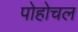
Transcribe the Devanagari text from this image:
पोहोचल